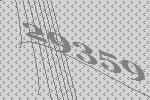
29359